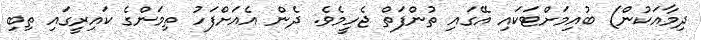
ދިމާއަކުން) ބުއިމަށްޓަކައި އޭގައި ތުންފަތް ޖެހީމެވެ. ދެން އެއަށްފަހު ތިމަންގެ ކައިރީގައި ތިބި